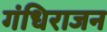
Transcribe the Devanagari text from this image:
गंधिराजन